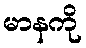
မာနကို